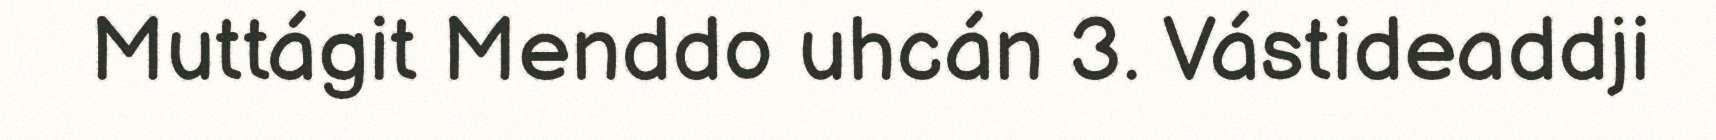
Muttágit Menddo uhcán 3. Vástideaddji